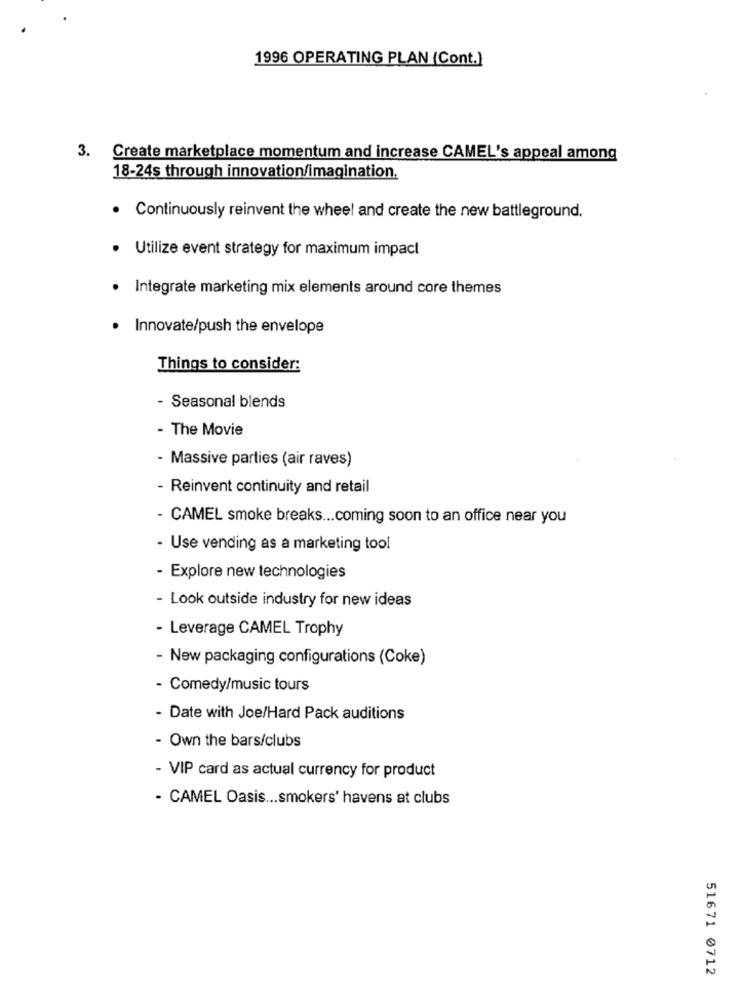
1996 OPERATING PLAN (Cont.)
3.
Create marketplace momentum and increase CAMEL's appeal among
18-24s through innovation/imagination.
. Continuously reinvent the wheel and create the new battleground.
Utilize event strategy for maximum impact
Integrate marketing mix elements around core themes
. Innovate/push the envelope
Things to consider:
- Seasonal blends
- The Movie
- Massive parties (air raves)
- Reinvent continuity and retail
- CAMEL smoke breaks ... coming soon to an office near you
- Use vending as a marketing tool
- Explore new technologies
- Look outside industry for new ideas
- Leverage CAMEL Trophy
- New packaging configurations (Coke)
- Comedy/music tours
- Date with Joe/Hard Pack auditions
- Own the bars/clubs
- VIP card as actual currency for product
- CAMEL Oasis ... smokers' havens at clubs
51671 0712